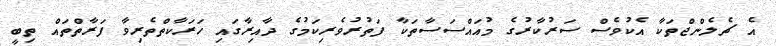
އެ ޗެލެންޖްތަކާ އެކުވެސް ސަރުކާރުގެ މުއައްސަސާތަކާ ފަތުރުވެރިކަމުގެ ދާއިރާގައި ހަރަކާތްތެރިވާ ފަރާތްތައް ތިބީ